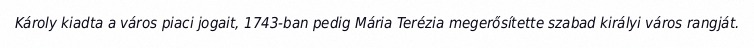
Károly kiadta a város piaci jogait, 1743-ban pedig Mária Terézia megerősítette szabad királyi város rangját.